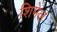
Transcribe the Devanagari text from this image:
शिमेल